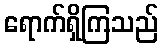
ရောက်ရှိကြသည်